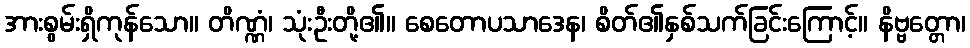
အားစွမ်းရှိကုန်သော။ တိဏ္ဏံ၊ သုံးဦးတို့၏။ စေတောပသာဒေန၊ စိတ်၏နှစ်သက်ခြင်းကြောင့်။ နိဗ္ဗတ္တော၊